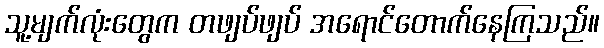
သူ့မျက်လုံးတွေက တဖျပ်ဖျပ် အရောင်တောက်နေကြသည်။